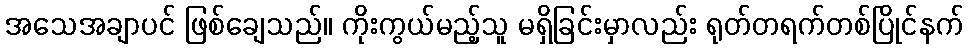
အသေအချာပင် ဖြစ်ချေသည်။ ကိုးကွယ်မည့်သူ မရှိခြင်းမှာလည်း ရုတ်တရက်တစ်ပြိုင်နက်